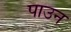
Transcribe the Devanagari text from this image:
पाउन